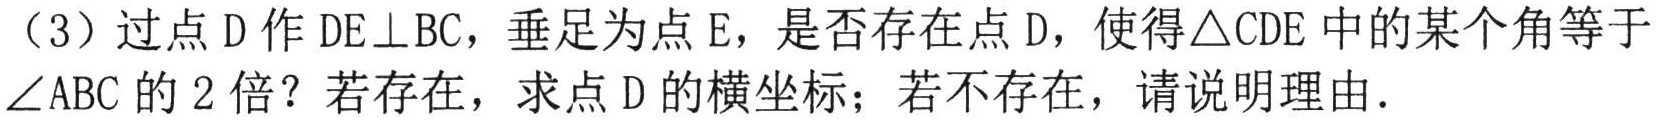
（3）过点\(D\)作\(DE\perp BC\)，垂足为点\(E\)，是否存在点\(D\)，使得\(\triangle CDE\)中的某个角等于\(\angle ABC\)的\(2\)倍？若存在，求点\(D\)的横坐标；若不存在，请说明理由.